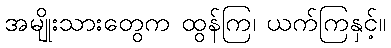
အမျိုးသားတွေက ထွန်ကြ၊ ယက်ကြနှင့်။